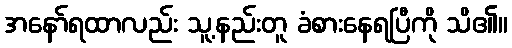
အနော်ရထာလည်း သူ့နည်းတူ ခံစားနေရပြီကို သိ၏။